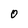
Character: 0